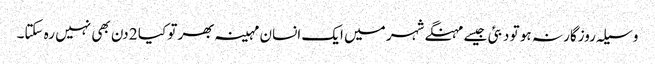
وسیلہ روزگار نہ ہو تو دبئی جیسے مہنگے شہر میں ایک انسان مہینہ بھر تو کیا 2 دن بھی نہیں رہ سکتا۔